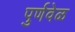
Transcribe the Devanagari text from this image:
पुर्णवेळ